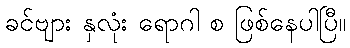
ခင်ဗျား နှလုံး ရောဂါ စ ဖြစ်နေပါပြီ။